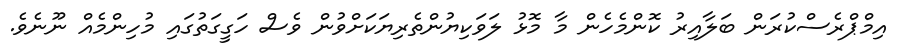
އިމްޕްރެސްކުރަން ބަލާއިރު ކޮންމެހެން މާ މޮޅު ލަވަކިޔުންތެރިޔަކަށްވުން ވެސް ހަގީގަތުގައި މުހިންމެއް ނޫނެވެ.